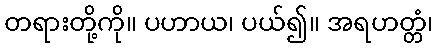
တရားတို့ကို။ ပဟာယ၊ ပယ်၍။ အရဟတ္တံ၊